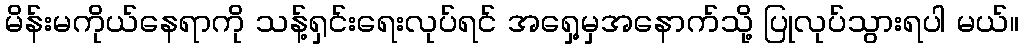
မိန်းမကိုယ်နေရာကို သန့်ရှင်းရေးလုပ်ရင် အရှေ့မှအနောက်သို့ ပြုလုပ်သွားရပါ မယ်။